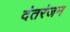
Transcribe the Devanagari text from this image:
दंतरंजन